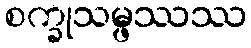
စက္ခုသမ္ဖဿဿ